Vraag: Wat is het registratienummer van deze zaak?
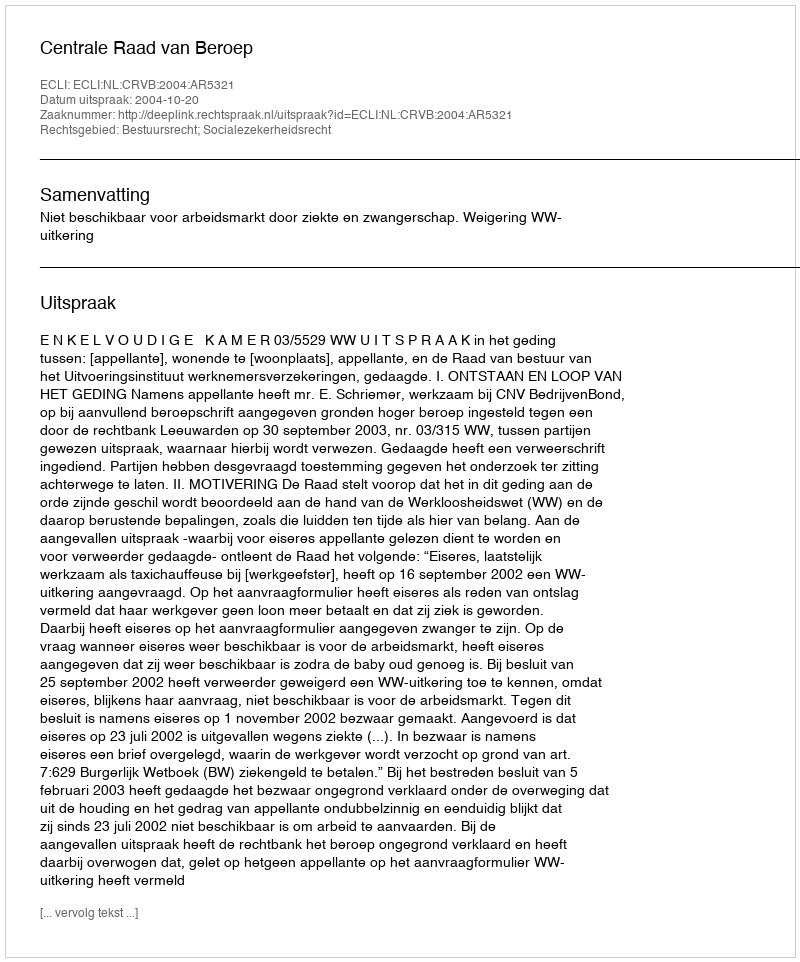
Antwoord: http://deeplink.rechtspraak.nl/uitspraak?id=ECLI:NL:CRVB:2004:AR5321